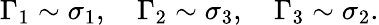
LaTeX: \Gamma_{1}\sim\sigma_{1},\quad\Gamma_{2}\sim\sigma_{3},\quad\Gamma_{3}\sim\sigma_{2}.